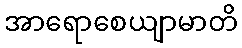
အာရောစေယျာမာတိ